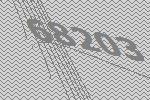
68203